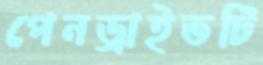
পেনড্রাইভটি